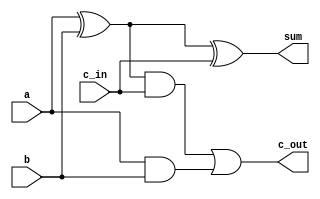
`timescale 1ns / 1ps
//////////////////////////////////////////////////////////////////////////////////
// Company: 
// 
// Design Name: 
// Module Name: full_adder
// Project Name: Project 1
// Target Devices: 
// Tool Versions: 
// Description: 
// 
// Dependencies: 
// 
// Revision:
// Revision 0.01 - File Created
// Additional Comments:
// 
//////////////////////////////////////////////////////////////////////////////////

// 1 bit adder
module full_adder(
    input a,
    input b,
    input c_in,
    output c_out, 
    output sum
    );
    
    wire xor1, and1, and2;
    
    xor(xor1, a, b);
    xor(sum, xor1, c_in);
    and(and1, xor1, c_in);
    and(and2, a, b);
    or(c_out, and1, and2);
endmodule